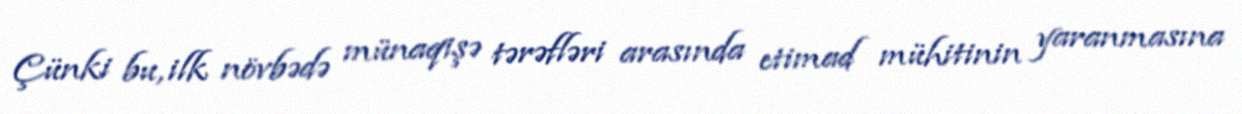
Çünki bu, ilk növbədə münaqişə tərəfləri arasında etimad mühitinin yaranmasına